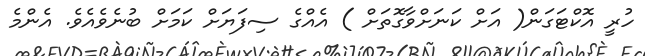
ހުރީ އޮކްޓަގަން( އަށް ކަނަށްވާގޮތަށް ) އެއްގެ ސިފަޔަށް ކަމަށް ބުނެވެއެވެ. އެންމެ